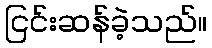
ငြင်းဆန်ခဲ့သည်။